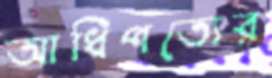
আধিপত্যের